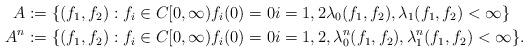
LaTeX: \begin{align*}A := \{&(f_1,f_2) : f_i \in C[0,\infty) f_i(0) = 0 i=1,2\lambda_0(f_1,f_2), \lambda_1(f_1,f_2) < \infty \}\\A^n := \{&(f_1,f_2) : f_i \in C[0,\infty) f_i(0) = 0 i=1,2, \lambda^n_0(f_1,f_2), \lambda^n_1(f_1,f_2)< \infty \}.\end{align*}